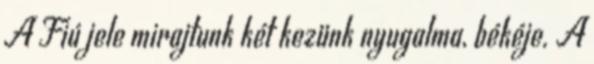
A Fiú jele mirajtunk két kezünk nyugalma, békéje. A